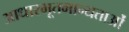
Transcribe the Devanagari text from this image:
आधारभूतमान्यताओं